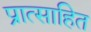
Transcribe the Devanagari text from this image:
प्रात्साहित